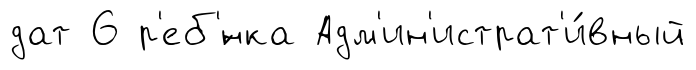
дат 6 р'еб'́нка Адм'ин'истрат'и́вный